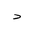
Letter: _dal